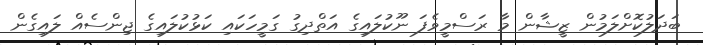
ބަދަލުކޮށްލަމުން ޒީޝާން މާ ރަސްމީވެފަ ނޫކުލައިގެ އަތްދިގު ގަމީހަކައި ކަޅުކުލައިގެ ޖިންސެއް ލައިގެން